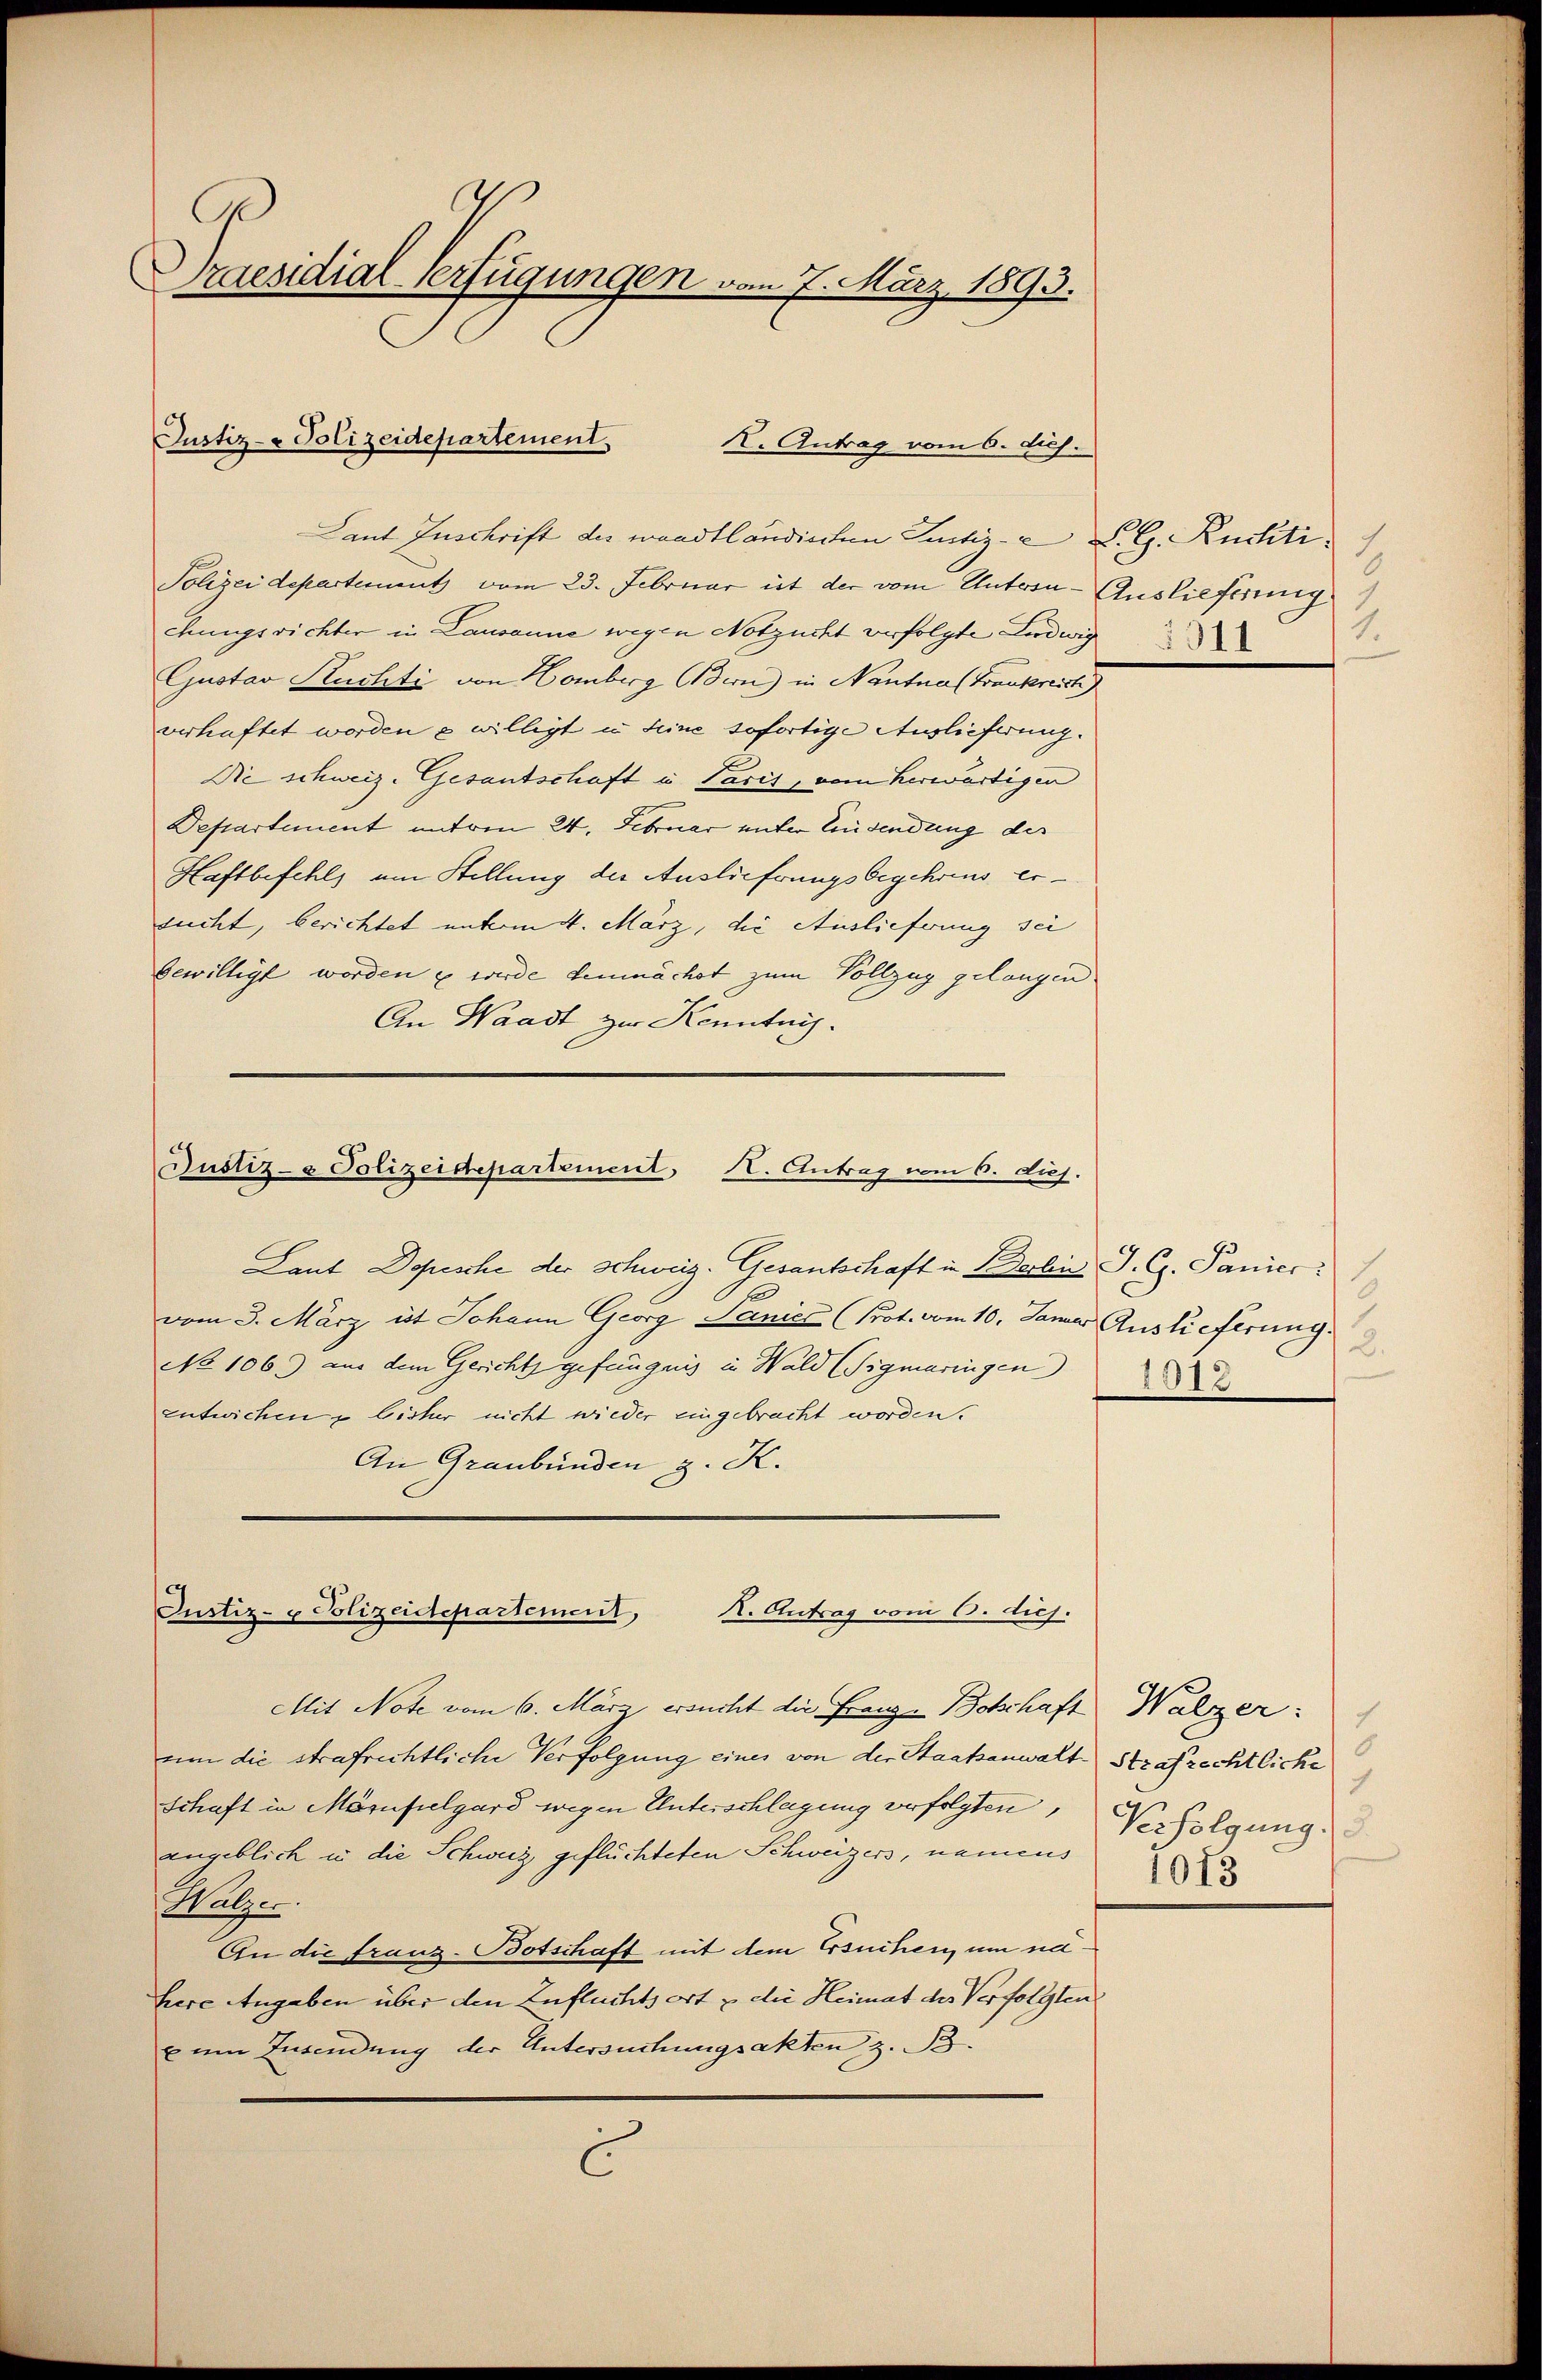
raesidial-Verfügungen vom 7. März 1893.

Justiz- & Polizeidepartement
. Antrag vom 6. Juch.

Laut Inschrift des waadtländischen Justiz- B. G. Kuchti
Polizeidepartement vom 23. Februar ist der vom Untern-Auslieferung
chungsrichter in Lausanne wegen Notzucht verfolgte Ludwig
Gustav Kuchti von Homberg Bern) in Nantna (Frankreich
verhaftet worden u willigt u seine sofortige Auslieferung.
Die schweiz. Gesantschaft in Paris, vom herwärtigen
Departement entren 24. Februar unter Einsendung der
Haftbefehl am Stellung der Auslieferungsbegehrens ersucht, berichtet unterm 4. März, die Auslieferung sei
bewilligt worden u wurde demnächst zum Vollzug gelangen
An Waadt zur Kenntnis.
Justiz- & Polizeidepartement, Kt. Antrag vom 6. diej

Laut Dopische der Schweiz. Gesantschaft in Berlin J. C. Panier
vom 3. März ist Johann Georg Panier (Prot. vom 10. Januar Auslieferung.
No 106) aus dem Gerichts gefängnis in Wald (Tigmaringen
entwichen bisher nicht wieder eingebracht worden.
An Graubünden z. K.
Justiz- & Polizeidepartement,
K. Antrag vom 6. dich.

Mit Note vom 6. März ersucht die Franz- Botschaft Walzer.
um die strafrichtliche Verfolgung eines von der Staatsanwalt Strafrechtliche
Schaft in Märupelgard wegen Unterschlagung verfolgten,
angeblich u die Schweiz geflüchteten Schweizers, namens
Walzer
An die franz-Botschaft mit dem Ersuchen, um na
here Angaben über den Zufluchtsort & die Heimat des Verfolgten
xum Insendung der Untersuchungsakten z. B.
C

1.
2911

2.

1
8
1
Verfolgung.
1013